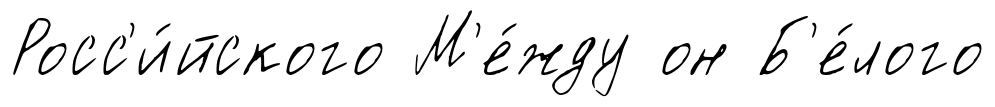
Росс'и́йского М'е́жду он Б'е́лого